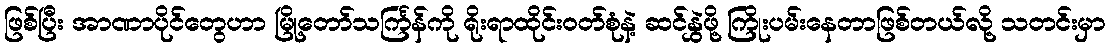
ဖြစ်ပြီး အာဏာပိုင်တွေဟာ မြို့တော်သင်္ကြန်ကို ရိုးရာထိုင်းဝတ်စုံနဲ့ ဆင်နွှဲဖို့ ကြိုးပမ်းနေတာဖြစ်တယ်လို့ သတင်းမှာ